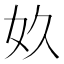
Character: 奺